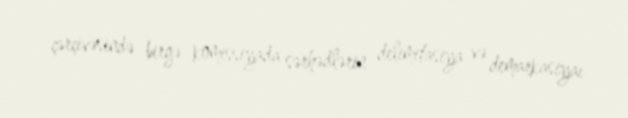
çərçivəsində birgə komissiyada sərhədlərin delimitasiya və demarkasiyaı